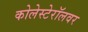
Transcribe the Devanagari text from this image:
कोलेस्टेरॉलवर